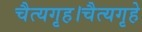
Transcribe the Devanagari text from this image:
चैत्यगृह।चैत्यगृहे